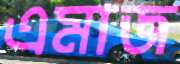
এমাজ